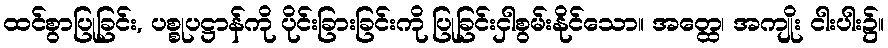
ထင်စွာပြုခြင်း, ပစ္စုပဋ္ဌာန်ကို ပိုင်းခြားခြင်းကို ပြုခြင်းငှါစွမ်းနိုင်သော။ အတ္ထေ၊ အကျိုး ငါးပါး၌။